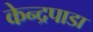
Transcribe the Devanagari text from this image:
केन्द्रपाडा